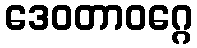
ဒေဝတာဝဂ္ဂေ